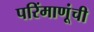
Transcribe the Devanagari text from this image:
परिंमाणूंची